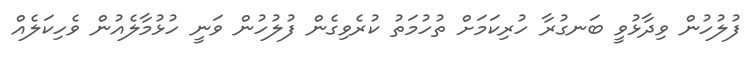
ފުލުހުން ވިދާޅުވީ ބަނގުރާ ހުރިކަމަށް ތުހުމަތު ކުރެވިގެން ފުލުހުން ވަނީ ހުޅުމާލެއުން ވެހިކަލެއް